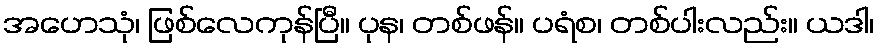
အဟေသုံ၊ ဖြစ်လေကုန်ပြီ။ ပုန၊ တစ်ဖန်။ ပရံစ၊ တစ်ပါးလည်း။ ယဒါ၊